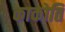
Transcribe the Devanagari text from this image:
काकोति